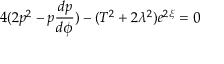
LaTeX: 4 ( 2 p ^ { 2 } - p \frac { d p } { d \phi } ) - ( T ^ { 2 } + 2 \lambda ^ { 2 } ) e ^ { 2 \xi } = 0